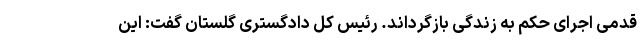
قدمی اجرای حکم به زندگی بازگرداند. رئیس کل دادگستری گلستان گفت: این